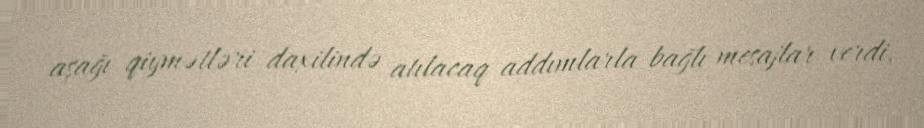
aşağı qiymətləri daxilində atılacaq addımlarla bağlı mesajlar verdi.